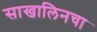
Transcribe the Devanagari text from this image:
साखालिनचा